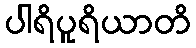
ပါရိပူရိယာတိ